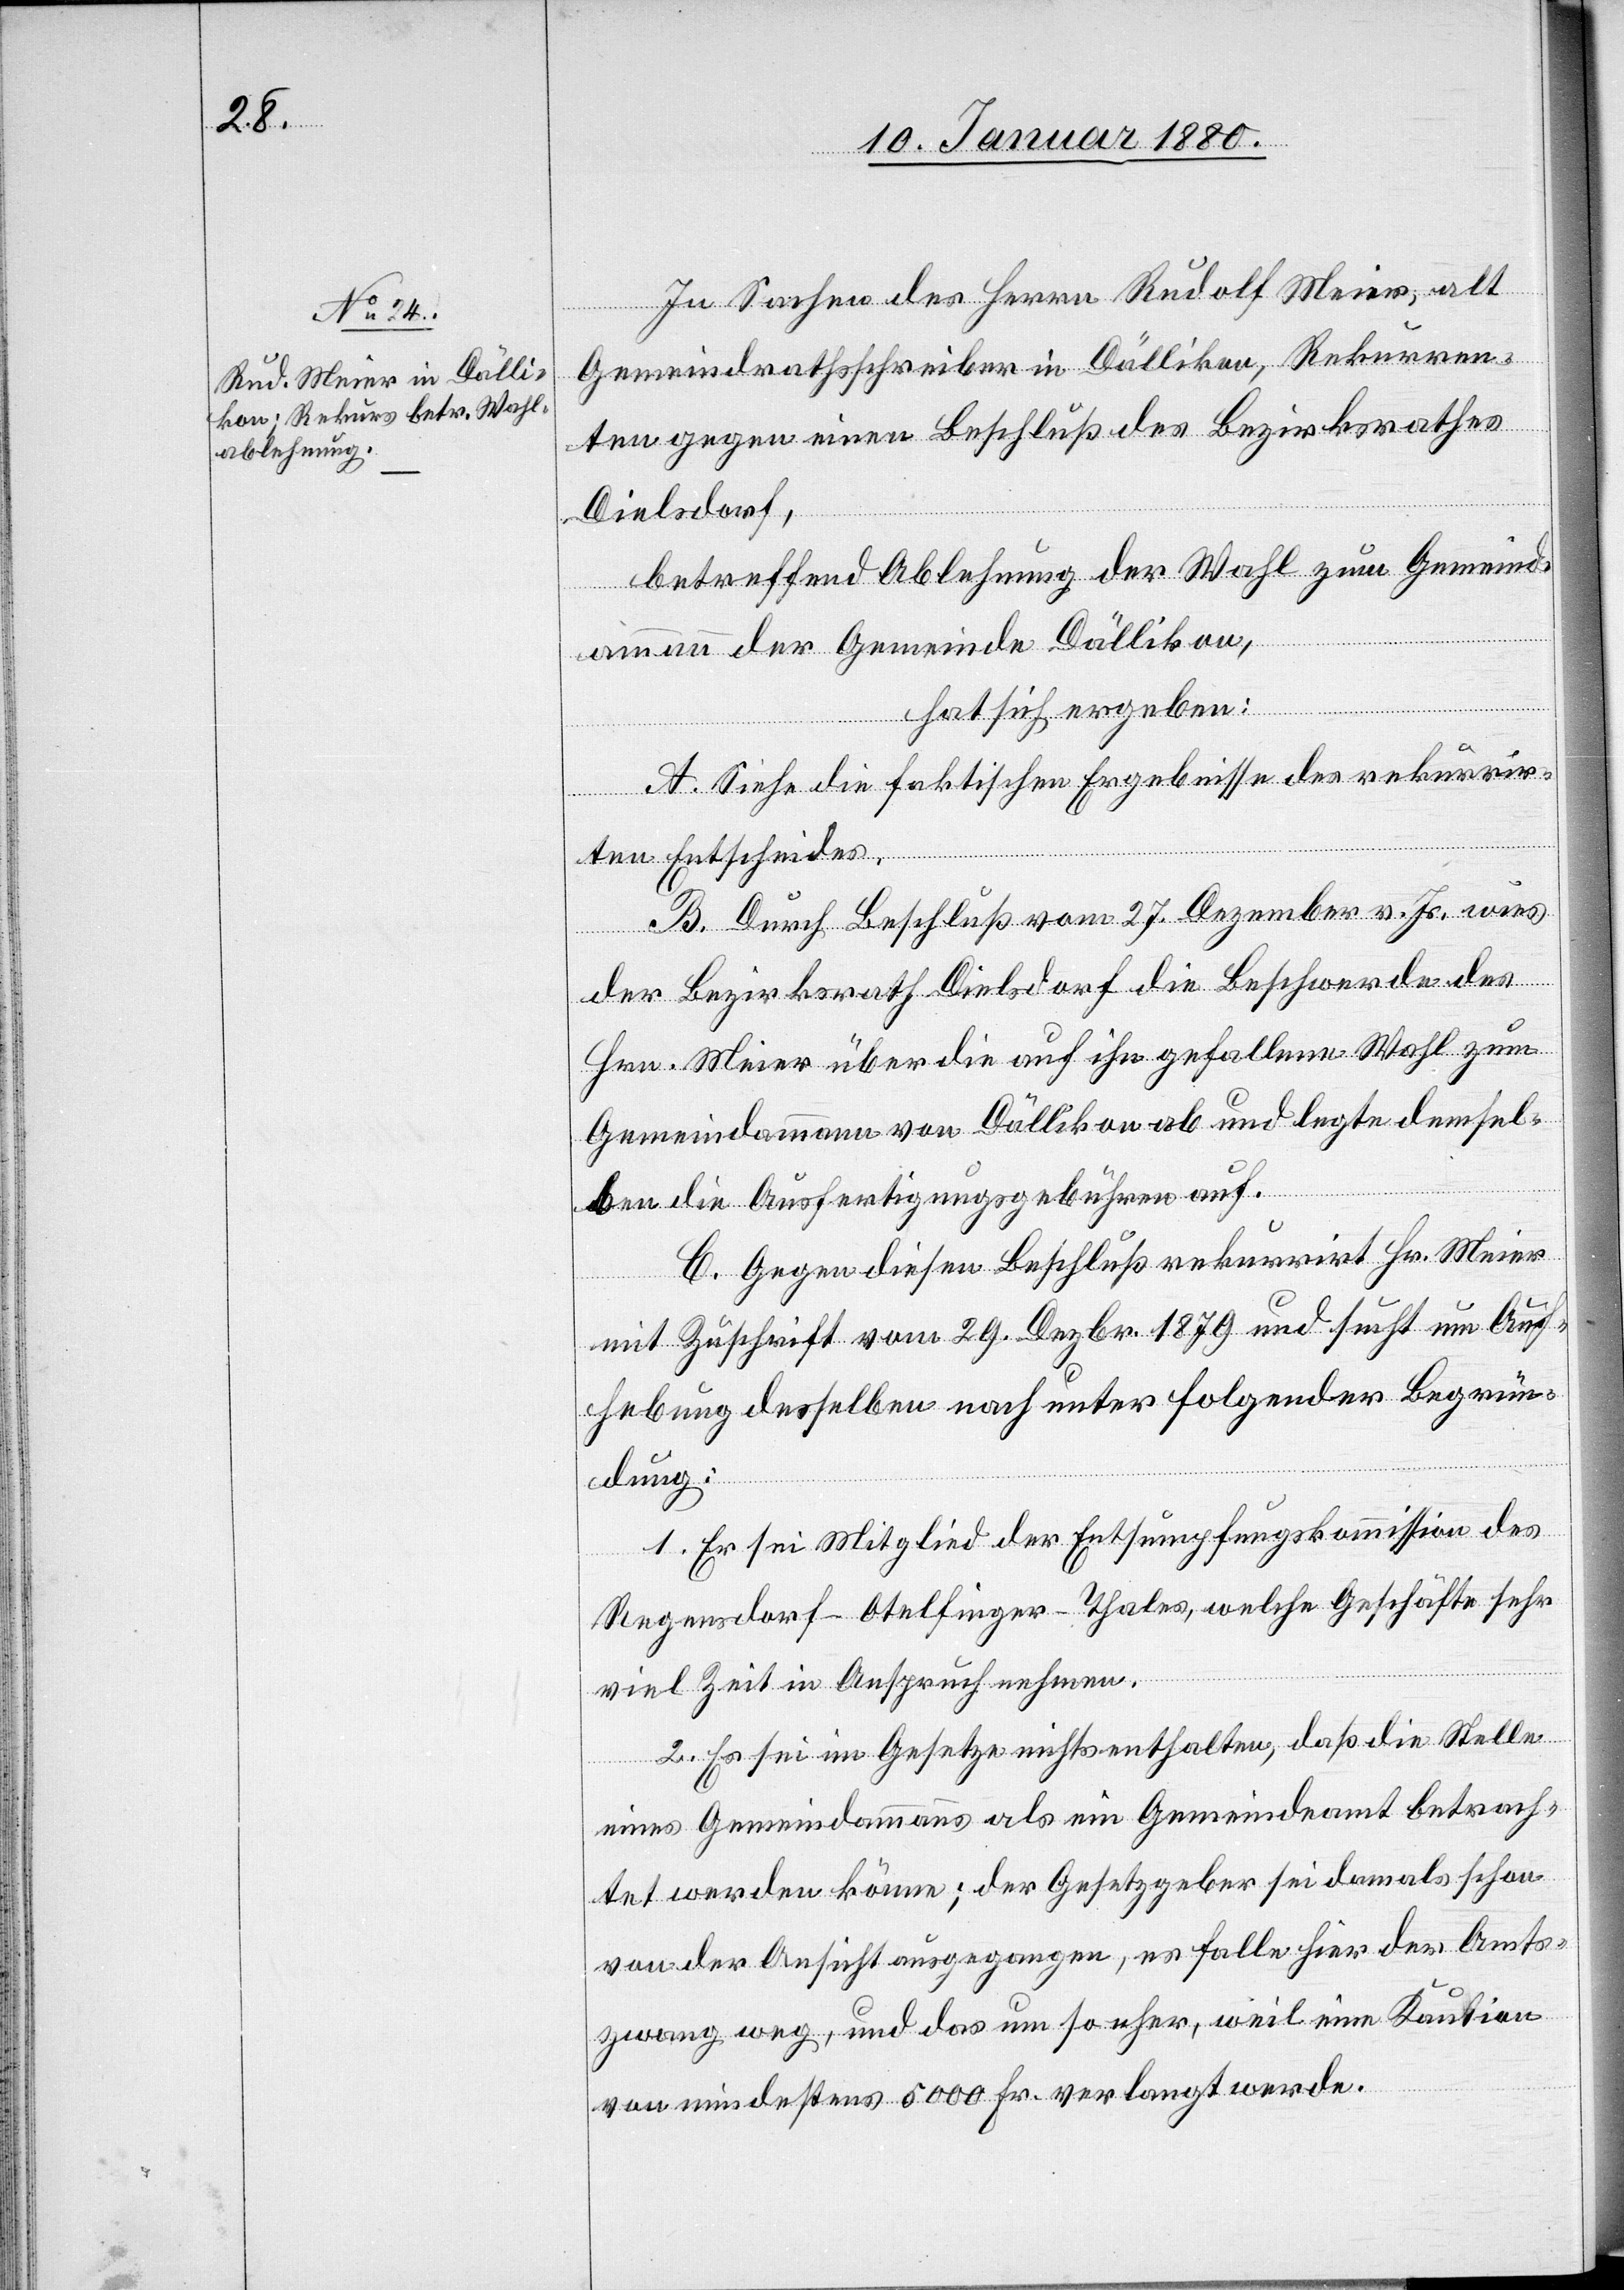
In Sachen des Herrn Rudolf Meier, alt
Gemeindrathsschreiber in Dällikon, Rekurren¬
ten gegen einen Beschluß des Bezirksrathes
Dielsdorf,
betreffend Ablehnung der Wahl zum Gemeind¬
ammann der Gemeinde Dällikon,
hat sich ergeben:
A. Siehe die faktischen Ergebnisse des rekurrir¬
ten Entscheides.
B. Durch Beschluß vom 27. Dezember v. Js. wies
der Bezirksrath Dielsdorf die Beschwerde des
Hrn. Meier über die auf ihn gefallene Wahl zum
Gemeindammann von Dällikon ab und legte demsel¬
ben due Ausfertigungsgebühren auf.
C. Gegen diesen Beschluß rekurrit Hr. Meier
mit Zuschrift vom 29. Dezbr. 1879 und sucht um Auf¬
hebung desselben nach unter folgender Begrün¬
dung:
1. Er sei Mitglied der Entsumpfungskommission des
Regensdorf-Otelfinger-Thales, welche Geschäfte sehr
viel Zeit in Anspruch nehmen.
2. Es sei im Gesetze nichts enthalten, daß die Stelle
eines Gemeindammanns als ein Gemeindeamt betrach¬
tet werden könne; der Gesetzgeber sei damals schon
von der Ansicht ausgegangen, es falle hier der Amts¬
zwang weg, und das um so eher, weil eine Kaution
von mindestens 5000 Fr. verlangt werde.